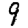
Digit: 9